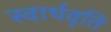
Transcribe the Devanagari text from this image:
स्वार्थवृत्ति